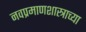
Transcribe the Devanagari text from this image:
नवप्रमाणशास्त्राच्या